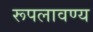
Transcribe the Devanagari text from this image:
रूपलावण्य